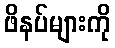
ဖိနပ်များကို